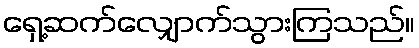
ရှေ့ဆက်လျှောက်သွားကြသည်။